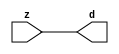

//------> ./rtl_mgc_ioport.v 
//------------------------------------------------------------------
//                M G C _ I O P O R T _ C O M P S
//------------------------------------------------------------------

//------------------------------------------------------------------
//                       M O D U L E S
//------------------------------------------------------------------

//------------------------------------------------------------------
//-- INPUT ENTITIES
//------------------------------------------------------------------

module mgc_in_wire (d, z);

  parameter integer rscid = 1;
  parameter integer width = 8;

  output [width-1:0] d;
  input  [width-1:0] z;

  wire   [width-1:0] d;

  assign d = z;

endmodule

//------------------------------------------------------------------

module mgc_in_wire_en (ld, d, lz, z);

  parameter integer rscid = 1;
  parameter integer width = 8;

  input              ld;
  output [width-1:0] d;
  output             lz;
  input  [width-1:0] z;

  wire   [width-1:0] d;
  wire               lz;

  assign d = z;
  assign lz = ld;

endmodule

//------------------------------------------------------------------

module mgc_in_wire_wait (ld, vd, d, lz, vz, z);

  parameter integer rscid = 1;
  parameter integer width = 8;

  input              ld;
  output             vd;
  output [width-1:0] d;
  output             lz;
  input              vz;
  input  [width-1:0] z;

  wire               vd;
  wire   [width-1:0] d;
  wire               lz;

  assign d = z;
  assign lz = ld;
  assign vd = vz;

endmodule
//------------------------------------------------------------------

module mgc_chan_in (ld, vd, d, lz, vz, z, size, req_size, sizez, sizelz);

  parameter integer rscid = 1;
  parameter integer width = 8;
  parameter integer sz_width = 8;

  input              ld;
  output             vd;
  output [width-1:0] d;
  output             lz;
  input              vz;
  input  [width-1:0] z;
  output [sz_width-1:0] size;
  input              req_size;
  input  [sz_width-1:0] sizez;
  output             sizelz;


  wire               vd;
  wire   [width-1:0] d;
  wire               lz;
  wire   [sz_width-1:0] size;
  wire               sizelz;

  assign d = z;
  assign lz = ld;
  assign vd = vz;
  assign size = sizez;
  assign sizelz = req_size;

endmodule


//------------------------------------------------------------------
//-- OUTPUT ENTITIES
//------------------------------------------------------------------

module mgc_out_stdreg (d, z);

  parameter integer rscid = 1;
  parameter integer width = 8;

  input    [width-1:0] d;
  output   [width-1:0] z;

  wire     [width-1:0] z;

  assign z = d;

endmodule

//------------------------------------------------------------------

module mgc_out_stdreg_en (ld, d, lz, z);

  parameter integer rscid = 1;
  parameter integer width = 8;

  input              ld;
  input  [width-1:0] d;
  output             lz;
  output [width-1:0] z;

  wire               lz;
  wire   [width-1:0] z;

  assign z = d;
  assign lz = ld;

endmodule

//------------------------------------------------------------------

module mgc_out_stdreg_wait (ld, vd, d, lz, vz, z);

  parameter integer rscid = 1;
  parameter integer width = 8;

  input              ld;
  output             vd;
  input  [width-1:0] d;
  output             lz;
  input              vz;
  output [width-1:0] z;

  wire               vd;
  wire               lz;
  wire   [width-1:0] z;

  assign z = d;
  assign lz = ld;
  assign vd = vz;

endmodule

//------------------------------------------------------------------

module mgc_out_prereg_en (ld, d, lz, z);

    parameter integer rscid = 1;
    parameter integer width = 8;

    input              ld;
    input  [width-1:0] d;
    output             lz;
    output [width-1:0] z;

    wire               lz;
    wire   [width-1:0] z;

    assign z = d;
    assign lz = ld;

endmodule

//------------------------------------------------------------------
//-- INOUT ENTITIES
//------------------------------------------------------------------

module mgc_inout_stdreg_en (ldin, din, ldout, dout, lzin, lzout, z);

    parameter integer rscid = 1;
    parameter integer width = 8;

    input              ldin;
    output [width-1:0] din;
    input              ldout;
    input  [width-1:0] dout;
    output             lzin;
    output             lzout;
    inout  [width-1:0] z;

    wire   [width-1:0] din;
    wire               lzin;
    wire               lzout;
    wire   [width-1:0] z;

    assign lzin = ldin;
    assign din = ldin ? z : {width{1'bz}};
    assign lzout = ldout;
    assign z = ldout ? dout : {width{1'bz}};

endmodule

//------------------------------------------------------------------
module hid_tribuf( I_SIG, ENABLE, O_SIG);
  parameter integer width = 8;

  input [width-1:0] I_SIG;
  input ENABLE;
  inout [width-1:0] O_SIG;

  assign O_SIG = (ENABLE) ? I_SIG : { width{1'bz}};

endmodule
//------------------------------------------------------------------

module mgc_inout_stdreg_wait (ldin, vdin, din, ldout, vdout, dout, lzin, vzin, lzout, vzout, z);

    parameter integer rscid = 1;
    parameter integer width = 8;

    input              ldin;
    output             vdin;
    output [width-1:0] din;
    input              ldout;
    output             vdout;
    input  [width-1:0] dout;
    output             lzin;
    input              vzin;
    output             lzout;
    input              vzout;
    inout  [width-1:0] z;

    wire               vdin;
    wire   [width-1:0] din;
    wire               vdout;
    wire               lzin;
    wire               lzout;
    wire   [width-1:0] z;
    wire   ldout_and_vzout;

    assign lzin = ldin;
    assign vdin = vzin;
    assign din = ldin ? z : {width{1'bz}};
    assign lzout = ldout;
    assign vdout = vzout ;
    assign ldout_and_vzout = ldout && vzout ;

    hid_tribuf #(width) tb( .I_SIG(dout),
                            .ENABLE(ldout_and_vzout),
                            .O_SIG(z) );

endmodule

//------------------------------------------------------------------

module mgc_inout_buf_wait (clk, en, arst, srst, ldin, vdin, din, ldout, vdout, dout, lzin, vzin, lzout, vzout, z);

    parameter integer rscid   = 0; // resource ID
    parameter integer width   = 8; // fifo width
    parameter         ph_clk  =  1'b1; // clock polarity 1=rising edge, 0=falling edge
    parameter         ph_en   =  1'b1; // clock enable polarity
    parameter         ph_arst =  1'b1; // async reset polarity
    parameter         ph_srst =  1'b1; // sync reset polarity

    input              clk;
    input              en;
    input              arst;
    input              srst;
    input              ldin;
    output             vdin;
    output [width-1:0] din;
    input              ldout;
    output             vdout;
    input  [width-1:0] dout;
    output             lzin;
    input              vzin;
    output             lzout;
    input              vzout;
    inout  [width-1:0] z;

    wire               lzout_buf;
    wire               vzout_buf;
    wire   [width-1:0] z_buf;
    wire               vdin;
    wire   [width-1:0] din;
    wire               vdout;
    wire               lzin;
    wire               lzout;
    wire   [width-1:0] z;

    assign lzin = ldin;
    assign vdin = vzin;
    assign din = ldin ? z : {width{1'bz}};
    assign lzout = lzout_buf & ~ldin;
    assign vzout_buf = vzout & ~ldin;
    hid_tribuf #(width) tb( .I_SIG(z_buf),
                            .ENABLE((lzout_buf && (!ldin) && vzout) ),
                            .O_SIG(z)  );

    mgc_out_buf_wait
    #(
        .rscid   (rscid),
        .width   (width),
        .ph_clk  (ph_clk),
        .ph_en   (ph_en),
        .ph_arst (ph_arst),
        .ph_srst (ph_srst)
    )
    BUFF
    (
        .clk     (clk),
        .en      (en),
        .arst    (arst),
        .srst    (srst),
        .ld      (ldout),
        .vd      (vdout),
        .d       (dout),
        .lz      (lzout_buf),
        .vz      (vzout_buf),
        .z       (z_buf)
    );


endmodule

module mgc_inout_fifo_wait (clk, en, arst, srst, ldin, vdin, din, ldout, vdout, dout, lzin, vzin, lzout, vzout, z);

    parameter integer rscid   = 0; // resource ID
    parameter integer width   = 8; // fifo width
    parameter integer fifo_sz = 8; // fifo depth
    parameter         ph_clk  = 1'b1;  // clock polarity 1=rising edge, 0=falling edge
    parameter         ph_en   = 1'b1;  // clock enable polarity
    parameter         ph_arst = 1'b1;  // async reset polarity
    parameter         ph_srst = 1'b1;  // sync reset polarity
    parameter integer ph_log2 = 3;     // log2(fifo_sz)
    parameter integer pwropt  = 0;     // pwropt

    input              clk;
    input              en;
    input              arst;
    input              srst;
    input              ldin;
    output             vdin;
    output [width-1:0] din;
    input              ldout;
    output             vdout;
    input  [width-1:0] dout;
    output             lzin;
    input              vzin;
    output             lzout;
    input              vzout;
    inout  [width-1:0] z;

    wire               lzout_buf;
    wire               vzout_buf;
    wire   [width-1:0] z_buf;
    wire               comb;
    wire               vdin;
    wire   [width-1:0] din;
    wire               vdout;
    wire               lzin;
    wire               lzout;
    wire   [width-1:0] z;

    assign lzin = ldin;
    assign vdin = vzin;
    assign din = ldin ? z : {width{1'bz}};
    assign lzout = lzout_buf & ~ldin;
    assign vzout_buf = vzout & ~ldin;
    assign comb = (lzout_buf && (!ldin) && vzout);

    hid_tribuf #(width) tb2( .I_SIG(z_buf), .ENABLE(comb), .O_SIG(z)  );

    mgc_out_fifo_wait
    #(
        .rscid   (rscid),
        .width   (width),
        .fifo_sz (fifo_sz),
        .ph_clk  (ph_clk),
        .ph_en   (ph_en),
        .ph_arst (ph_arst),
        .ph_srst (ph_srst),
        .ph_log2 (ph_log2),
        .pwropt  (pwropt)
    )
    FIFO
    (
        .clk   (clk),
        .en      (en),
        .arst    (arst),
        .srst    (srst),
        .ld      (ldout),
        .vd      (vdout),
        .d       (dout),
        .lz      (lzout_buf),
        .vz      (vzout_buf),
        .z       (z_buf)
    );

endmodule

//------------------------------------------------------------------
//-- I/O SYNCHRONIZATION ENTITIES
//------------------------------------------------------------------

module mgc_io_sync (ld, lz);

    input  ld;
    output lz;

    assign lz = ld;

endmodule

module mgc_bsync_rdy (rd, rz);

    parameter integer rscid   = 0; // resource ID
    parameter ready = 1;
    parameter valid = 0;

    input  rd;
    output rz;

    wire   rz;

    assign rz = rd;

endmodule

module mgc_bsync_vld (vd, vz);

    parameter integer rscid   = 0; // resource ID
    parameter ready = 0;
    parameter valid = 1;

    output vd;
    input  vz;

    wire   vd;

    assign vd = vz;

endmodule

module mgc_bsync_rv (rd, vd, rz, vz);

    parameter integer rscid   = 0; // resource ID
    parameter ready = 1;
    parameter valid = 1;

    input  rd;
    output vd;
    output rz;
    input  vz;

    wire   vd;
    wire   rz;

    assign rz = rd;
    assign vd = vz;

endmodule

//------------------------------------------------------------------

module mgc_sync (ldin, vdin, ldout, vdout);

  input  ldin;
  output vdin;
  input  ldout;
  output vdout;

  wire   vdin;
  wire   vdout;

  assign vdin = ldout;
  assign vdout = ldin;

endmodule

///////////////////////////////////////////////////////////////////////////////
// dummy function used to preserve funccalls for modulario
// it looks like a memory read to the caller
///////////////////////////////////////////////////////////////////////////////
module funccall_inout (d, ad, bd, z, az, bz);

  parameter integer ram_id = 1;
  parameter integer width = 8;
  parameter integer addr_width = 8;

  output [width-1:0]       d;
  input  [addr_width-1:0]  ad;
  input                    bd;
  input  [width-1:0]       z;
  output [addr_width-1:0]  az;
  output                   bz;

  wire   [width-1:0]       d;
  wire   [addr_width-1:0]  az;
  wire                     bz;

  assign d  = z;
  assign az = ad;
  assign bz = bd;

endmodule


///////////////////////////////////////////////////////////////////////////////
// inlinable modular io not otherwise found in mgc_ioport
///////////////////////////////////////////////////////////////////////////////

module modulario_en_in (vd, d, vz, z);

  parameter integer rscid = 1;
  parameter integer width = 8;

  output             vd;
  output [width-1:0] d;
  input              vz;
  input  [width-1:0] z;

  wire   [width-1:0] d;
  wire               vd;

  assign d = z;
  assign vd = vz;

endmodule

//------> ./rtl_mgc_ioport_v2001.v 
//------------------------------------------------------------------

module mgc_out_reg_pos (clk, en, arst, srst, ld, d, lz, z);

    parameter integer rscid   = 1;
    parameter integer width   = 8;
    parameter         ph_en   =  1'b1;
    parameter         ph_arst =  1'b1;
    parameter         ph_srst =  1'b1;

    input              clk;
    input              en;
    input              arst;
    input              srst;
    input              ld;
    input  [width-1:0] d;
    output             lz;
    output [width-1:0] z;

    reg                lz;
    reg    [width-1:0] z;

    generate
    if (ph_arst == 1'b0)
    begin: NEG_ARST
        always @(posedge clk or negedge arst)
        if (arst == 1'b0)
        begin: B1
            lz <= 1'b0;
            z  <= {width{1'b0}};
        end
        else if (srst == ph_srst)
        begin: B2
            lz <= 1'b0;
            z  <= {width{1'b0}};
        end
        else if (en == ph_en)
        begin: B3
            lz <= ld;
            z  <= (ld) ? d : z;
        end
    end
    else
    begin: POS_ARST
        always @(posedge clk or posedge arst)
        if (arst == 1'b1)
        begin: B1
            lz <= 1'b0;
            z  <= {width{1'b0}};
        end
        else if (srst == ph_srst)
        begin: B2
            lz <= 1'b0;
            z  <= {width{1'b0}};
        end
        else if (en == ph_en)
        begin: B3
            lz <= ld;
            z  <= (ld) ? d : z;
        end
    end
    endgenerate

endmodule

//------------------------------------------------------------------

module mgc_out_reg_neg (clk, en, arst, srst, ld, d, lz, z);

    parameter integer rscid   = 1;
    parameter integer width   = 8;
    parameter         ph_en   =  1'b1;
    parameter         ph_arst =  1'b1;
    parameter         ph_srst =  1'b1;

    input              clk;
    input              en;
    input              arst;
    input              srst;
    input              ld;
    input  [width-1:0] d;
    output             lz;
    output [width-1:0] z;

    reg                lz;
    reg    [width-1:0] z;

    generate
    if (ph_arst == 1'b0)
    begin: NEG_ARST
        always @(negedge clk or negedge arst)
        if (arst == 1'b0)
        begin: B1
            lz <= 1'b0;
            z  <= {width{1'b0}};
        end
        else if (srst == ph_srst)
        begin: B2
            lz <= 1'b0;
            z  <= {width{1'b0}};
        end
        else if (en == ph_en)
        begin: B3
            lz <= ld;
            z  <= (ld) ? d : z;
        end
    end
    else
    begin: POS_ARST
        always @(negedge clk or posedge arst)
        if (arst == 1'b1)
        begin: B1
            lz <= 1'b0;
            z  <= {width{1'b0}};
        end
        else if (srst == ph_srst)
        begin: B2
            lz <= 1'b0;
            z  <= {width{1'b0}};
        end
        else if (en == ph_en)
        begin: B3
            lz <= ld;
            z  <= (ld) ? d : z;
        end
    end
    endgenerate

endmodule

//------------------------------------------------------------------

module mgc_out_reg (clk, en, arst, srst, ld, d, lz, z); // Not Supported

    parameter integer rscid   = 1;
    parameter integer width   = 8;
    parameter         ph_clk  =  1'b1;
    parameter         ph_en   =  1'b1;
    parameter         ph_arst =  1'b1;
    parameter         ph_srst =  1'b1;

    input              clk;
    input              en;
    input              arst;
    input              srst;
    input              ld;
    input  [width-1:0] d;
    output             lz;
    output [width-1:0] z;


    generate
    if (ph_clk == 1'b0)
    begin: NEG_EDGE

        mgc_out_reg_neg
        #(
            .rscid   (rscid),
            .width   (width),
            .ph_en   (ph_en),
            .ph_arst (ph_arst),
            .ph_srst (ph_srst)
        )
        mgc_out_reg_neg_inst
        (
            .clk     (clk),
            .en      (en),
            .arst    (arst),
            .srst    (srst),
            .ld      (ld),
            .d       (d),
            .lz      (lz),
            .z       (z)
        );

    end
    else
    begin: POS_EDGE

        mgc_out_reg_pos
        #(
            .rscid   (rscid),
            .width   (width),
            .ph_en   (ph_en),
            .ph_arst (ph_arst),
            .ph_srst (ph_srst)
        )
        mgc_out_reg_pos_inst
        (
            .clk     (clk),
            .en      (en),
            .arst    (arst),
            .srst    (srst),
            .ld      (ld),
            .d       (d),
            .lz      (lz),
            .z       (z)
        );

    end
    endgenerate

endmodule




//------------------------------------------------------------------

module mgc_out_buf_wait (clk, en, arst, srst, ld, vd, d, vz, lz, z); // Not supported

    parameter integer rscid   = 1;
    parameter integer width   = 8;
    parameter         ph_clk  =  1'b1;
    parameter         ph_en   =  1'b1;
    parameter         ph_arst =  1'b1;
    parameter         ph_srst =  1'b1;

    input              clk;
    input              en;
    input              arst;
    input              srst;
    input              ld;
    output             vd;
    input  [width-1:0] d;
    output             lz;
    input              vz;
    output [width-1:0] z;

    wire               filled;
    wire               filled_next;
    wire   [width-1:0] abuf;
    wire               lbuf;


    assign filled_next = (filled & (~vz)) | (filled & ld) | (ld & (~vz));

    assign lbuf = ld & ~(filled ^ vz);

    assign vd = vz | ~filled;

    assign lz = ld | filled;

    assign z = (filled) ? abuf : d;

    wire dummy;
    wire dummy_bufreg_lz;

    // Output registers:
    mgc_out_reg
    #(
        .rscid   (rscid),
        .width   (1'b1),
        .ph_clk  (ph_clk),
        .ph_en   (ph_en),
        .ph_arst (ph_arst),
        .ph_srst (ph_srst)
    )
    STATREG
    (
        .clk     (clk),
        .en      (en),
        .arst    (arst),
        .srst    (srst),
        .ld      (filled_next),
        .d       (1'b0),       // input d is unused
        .lz      (filled),
        .z       (dummy)            // output z is unused
    );

    mgc_out_reg
    #(
        .rscid   (rscid),
        .width   (width),
        .ph_clk  (ph_clk),
        .ph_en   (ph_en),
        .ph_arst (ph_arst),
        .ph_srst (ph_srst)
    )
    BUFREG
    (
        .clk     (clk),
        .en      (en),
        .arst    (arst),
        .srst    (srst),
        .ld      (lbuf),
        .d       (d),
        .lz      (dummy_bufreg_lz),
        .z       (abuf)
    );

endmodule

//------------------------------------------------------------------

module mgc_out_fifo_wait (clk, en, arst, srst, ld, vd, d, lz, vz,  z);

    parameter integer rscid   = 0; // resource ID
    parameter integer width   = 8; // fifo width
    parameter integer fifo_sz = 8; // fifo depth
    parameter         ph_clk  = 1'b1; // clock polarity 1=rising edge, 0=falling edge
    parameter         ph_en   = 1'b1; // clock enable polarity
    parameter         ph_arst = 1'b1; // async reset polarity
    parameter         ph_srst = 1'b1; // sync reset polarity
    parameter integer ph_log2 = 3; // log2(fifo_sz)
    parameter integer pwropt  = 0; // pwropt


    input                 clk;
    input                 en;
    input                 arst;
    input                 srst;
    input                 ld;    // load data
    output                vd;    // fifo full active low
    input     [width-1:0] d;
    output                lz;    // fifo ready to send
    input                 vz;    // dest ready for data
    output    [width-1:0] z;

    wire    [31:0]      size;


      // Output registers:
 mgc_out_fifo_wait_core#(
        .rscid   (rscid),
        .width   (width),
        .sz_width (32),
        .fifo_sz (fifo_sz),
        .ph_clk  (ph_clk),
        .ph_en   (ph_en),
        .ph_arst (ph_arst),
        .ph_srst (ph_srst),
        .ph_log2 (ph_log2),
        .pwropt  (pwropt)
        ) CORE (
        .clk (clk),
        .en (en),
        .arst (arst),
        .srst (srst),
        .ld (ld),
        .vd (vd),
        .d (d),
        .lz (lz),
        .vz (vz),
        .z (z),
        .size (size)
        );

endmodule



module mgc_out_fifo_wait_core (clk, en, arst, srst, ld, vd, d, lz, vz,  z, size);

    parameter integer rscid   = 0; // resource ID
    parameter integer width   = 8; // fifo width
    parameter integer sz_width = 8; // size of port for elements in fifo
    parameter integer fifo_sz = 8; // fifo depth
    parameter         ph_clk  =  1'b1; // clock polarity 1=rising edge, 0=falling edge
    parameter         ph_en   =  1'b1; // clock enable polarity
    parameter         ph_arst =  1'b1; // async reset polarity
    parameter         ph_srst =  1'b1; // sync reset polarity
    parameter integer ph_log2 = 3; // log2(fifo_sz)
    parameter integer pwropt  = 0; // pwropt

   localparam integer  fifo_b = width * fifo_sz;

    input                 clk;
    input                 en;
    input                 arst;
    input                 srst;
    input                 ld;    // load data
    output                vd;    // fifo full active low
    input     [width-1:0] d;
    output                lz;    // fifo ready to send
    input                 vz;    // dest ready for data
    output    [width-1:0] z;
    output    [sz_width-1:0]      size;

    reg      [( (fifo_sz > 0) ? fifo_sz : 1)-1:0] stat_pre;
    wire     [( (fifo_sz > 0) ? fifo_sz : 1)-1:0] stat;
    reg      [( (fifo_b > 0) ? fifo_b : 1)-1:0] buff_pre;
    wire     [( (fifo_b > 0) ? fifo_b : 1)-1:0] buff;
    reg      [( (fifo_sz > 0) ? fifo_sz : 1)-1:0] en_l;
    reg      [(((fifo_sz > 0) ? fifo_sz : 1)-1)/8:0] en_l_s;

    reg       [width-1:0] buff_nxt;

    reg                   stat_nxt;
    reg                   stat_before;
    reg                   stat_after;
    reg                   en_l_var;

    integer               i;
    genvar                eni;

    wire [32:0]           size_t;
    reg [31:0]            count;
    reg [31:0]            count_t;
    reg [32:0]            n_elem;
// pragma translate_off
    reg [31:0]            peak;
// pragma translate_on

    wire [( (fifo_sz > 0) ? fifo_sz : 1)-1:0] dummy_statreg_lz;
    wire [( (fifo_b > 0) ? fifo_b : 1)-1:0] dummy_bufreg_lz;

    generate
    if ( fifo_sz > 0 )
    begin: FIFO_REG
      assign vd = vz | ~stat[0];
      assign lz = ld | stat[fifo_sz-1];
      assign size_t = (count - (vz && stat[fifo_sz-1])) + ld;
      assign size = size_t[sz_width-1:0];
      assign z = (stat[fifo_sz-1]) ? buff[fifo_b-1:width*(fifo_sz-1)] : d;

      always @(*)
      begin: FIFOPROC
        n_elem = 33'b0;
        for (i = fifo_sz-1; i >= 0; i = i - 1)
        begin
          if (i != 0)
            stat_before = stat[i-1];
          else
            stat_before = 1'b0;

          if (i != (fifo_sz-1))
            stat_after = stat[i+1];
          else
            stat_after = 1'b1;

          stat_nxt = stat_after &
                    (stat_before | (stat[i] & (~vz)) | (stat[i] & ld) | (ld & (~vz)));

          stat_pre[i] = stat_nxt;
          en_l_var = 1'b1;
          if (!stat_nxt)
            begin
              buff_nxt = {width{1'b0}};
              en_l_var = 1'b0;
            end
          else if (vz && stat_before)
            buff_nxt[0+:width] = buff[width*(i-1)+:width];
          else if (ld && !((vz && stat_before) || ((!vz) && stat[i])))
            buff_nxt = d;
          else
            begin
              if (pwropt == 0)
                buff_nxt[0+:width] = buff[width*i+:width];
              else
                buff_nxt = {width{1'b0}};
              en_l_var = 1'b0;
            end

          if (ph_en != 0)
            en_l[i] = en & en_l_var;
          else
            en_l[i] = en | ~en_l_var;

          buff_pre[width*i+:width] = buff_nxt[0+:width];

          if ((stat_after == 1'b1) && (stat[i] == 1'b0))
            n_elem = ($unsigned(fifo_sz) - 1) - i;
        end

        if (ph_en != 0)
          en_l_s[(((fifo_sz > 0) ? fifo_sz : 1)-1)/8] = 1'b1;
        else
          en_l_s[(((fifo_sz > 0) ? fifo_sz : 1)-1)/8] = 1'b0;

        for (i = fifo_sz-1; i >= 7; i = i - 1)
        begin
          if ((i%'d2) == 0)
          begin
            if (ph_en != 0)
              en_l_s[(i/8)-1] = en & (stat[i]|stat_pre[i-1]);
            else
              en_l_s[(i/8)-1] = en | ~(stat[i]|stat_pre[i-1]);
          end
        end

        if ( stat[fifo_sz-1] == 1'b0 )
          count_t = 32'b0;
        else if ( stat[0] == 1'b1 )
          count_t = { {(32-ph_log2){1'b0}}, fifo_sz};
        else
          count_t = n_elem[31:0];
        count = count_t;
// pragma translate_off
        if ( peak < count )
          peak = count;
// pragma translate_on
      end

      if (pwropt == 0)
      begin: NOCGFIFO
        // Output registers:
        mgc_out_reg
        #(
            .rscid   (rscid),
            .width   (fifo_sz),
            .ph_clk  (ph_clk),
            .ph_en   (ph_en),
            .ph_arst (ph_arst),
            .ph_srst (ph_srst)
        )
        STATREG
        (
            .clk     (clk),
            .en      (en),
            .arst    (arst),
            .srst    (srst),
            .ld      (1'b1),
            .d       (stat_pre),
            .lz      (dummy_statreg_lz[0]),
            .z       (stat)
        );
        mgc_out_reg
        #(
            .rscid   (rscid),
            .width   (fifo_b),
            .ph_clk  (ph_clk),
            .ph_en   (ph_en),
            .ph_arst (ph_arst),
            .ph_srst (ph_srst)
        )
        BUFREG
        (
            .clk     (clk),
            .en      (en),
            .arst    (arst),
            .srst    (srst),
            .ld      (1'b1),
            .d       (buff_pre),
            .lz      (dummy_bufreg_lz[0]),
            .z       (buff)
        );
      end
      else
      begin: CGFIFO
        // Output registers:
        if ( pwropt > 1)
        begin: CGSTATFIFO2
          for (eni = fifo_sz-1; eni >= 0; eni = eni - 1)
          begin: pwroptGEN1
            mgc_out_reg
            #(
              .rscid   (rscid),
              .width   (1),
              .ph_clk  (ph_clk),
              .ph_en   (ph_en),
              .ph_arst (ph_arst),
              .ph_srst (ph_srst)
            )
            STATREG
            (
              .clk     (clk),
              .en      (en_l_s[eni/8]),
              .arst    (arst),
              .srst    (srst),
              .ld      (1'b1),
              .d       (stat_pre[eni]),
              .lz      (dummy_statreg_lz[eni]),
              .z       (stat[eni])
            );
          end
        end
        else
        begin: CGSTATFIFO
          mgc_out_reg
          #(
            .rscid   (rscid),
            .width   (fifo_sz),
            .ph_clk  (ph_clk),
            .ph_en   (ph_en),
            .ph_arst (ph_arst),
            .ph_srst (ph_srst)
          )
          STATREG
          (
            .clk     (clk),
            .en      (en),
            .arst    (arst),
            .srst    (srst),
            .ld      (1'b1),
            .d       (stat_pre),
            .lz      (dummy_statreg_lz[0]),
            .z       (stat)
          );
        end
        for (eni = fifo_sz-1; eni >= 0; eni = eni - 1)
        begin: pwroptGEN2
          mgc_out_reg
          #(
            .rscid   (rscid),
            .width   (width),
            .ph_clk  (ph_clk),
            .ph_en   (ph_en),
            .ph_arst (ph_arst),
            .ph_srst (ph_srst)
          )
          BUFREG
          (
            .clk     (clk),
            .en      (en_l[eni]),
            .arst    (arst),
            .srst    (srst),
            .ld      (1'b1),
            .d       (buff_pre[width*eni+:width]),
            .lz      (dummy_bufreg_lz[eni]),
            .z       (buff[width*eni+:width])
          );
        end
      end
    end
    else
    begin: FEED_THRU
      assign vd = vz;
      assign lz = ld;
      assign z = d;
      assign size = ld && !vz;
    end
    endgenerate

endmodule

//------------------------------------------------------------------
//-- PIPE ENTITIES
//------------------------------------------------------------------
/*
 *
 *             _______________________________________________
 * WRITER    |                                               |          READER
 *           |           MGC_PIPE                            |
 *           |           __________________________          |
 *        --<| vdout  --<| vd ---------------  vz<|-----ldin<|---
 *           |           |      FIFO              |          |
 *        ---|>ldout  ---|>ld ---------------- lz |> ---vdin |>--
 *        ---|>dout -----|>d  ---------------- dz |> ----din |>--
 *           |           |________________________|          |
 *           |_______________________________________________|
 */
// two clock pipe
module mgc_pipe (clk, en, arst, srst, ldin, vdin, din, ldout, vdout, dout, size, req_size);

    parameter integer rscid   = 0; // resource ID
    parameter integer width   = 8; // fifo width
    parameter integer sz_width = 8; // width of size of elements in fifo
    parameter integer fifo_sz = 8; // fifo depth
    parameter integer log2_sz = 3; // log2(fifo_sz)
    parameter         ph_clk  = 1'b1;  // clock polarity 1=rising edge, 0=falling edge
    parameter         ph_en   = 1'b1;  // clock enable polarity
    parameter         ph_arst = 1'b1;  // async reset polarity
    parameter         ph_srst = 1'b1;  // sync reset polarity
    parameter integer pwropt  = 0; // pwropt

    input              clk;
    input              en;
    input              arst;
    input              srst;
    input              ldin;
    output             vdin;
    output [width-1:0] din;
    input              ldout;
    output             vdout;
    input  [width-1:0] dout;
    output [sz_width-1:0]      size;
    input              req_size;


    mgc_out_fifo_wait_core
    #(
        .rscid    (rscid),
        .width    (width),
        .sz_width (sz_width),
        .fifo_sz  (fifo_sz),
        .ph_clk   (ph_clk),
        .ph_en    (ph_en),
        .ph_arst  (ph_arst),
        .ph_srst  (ph_srst),
        .ph_log2  (log2_sz),
        .pwropt   (pwropt)
    )
    FIFO
    (
        .clk     (clk),
        .en      (en),
        .arst    (arst),
        .srst    (srst),
        .ld      (ldout),
        .vd      (vdout),
        .d       (dout),
        .lz      (vdin),
        .vz      (ldin),
        .z       (din),
        .size    (size)
    );

endmodule


//------> ./rtl.v 
// ----------------------------------------------------------------------
//  HLS HDL:        Verilog Netlister
//  HLS Version:    2011a.126 Production Release
//  HLS Date:       Wed Aug  8 00:52:07 PDT 2012
// 
//  Generated by:   mg3115@EEWS104A-013
//  Generated date: Tue Mar 08 14:36:28 2016
// ----------------------------------------------------------------------

// 
// ------------------------------------------------------------------
//  Design Unit:    sobel_core
// ------------------------------------------------------------------


module sobel_core (
  clk, en, arst_n, vin_rsc_mgc_in_wire_d, vout_rsc_mgc_out_stdreg_d
);
  input clk;
  input en;
  input arst_n;
  input [89:0] vin_rsc_mgc_in_wire_d;
  output [29:0] vout_rsc_mgc_out_stdreg_d;


  // Interconnect Declarations
  reg [29:0] regs_regs_1_1_sva;
  reg [29:0] regs_regs_1_sg2_sva;
  reg [9:0] ACC1_slc_regs_regs_2_sg2_itm;
  reg [9:0] ACC1_slc_regs_regs_2_sg2_1_itm;
  reg [9:0] ACC1_slc_regs_regs_2_sg2_2_itm;
  reg [9:0] ACC1_slc_regs_regs_2_1_itm;
  reg [9:0] ACC1_slc_regs_regs_2_1_1_itm;
  reg [9:0] ACC1_slc_regs_regs_2_1_2_itm;
  reg [9:0] reg_vout_rsc_mgc_out_stdreg_d_tmp;
  wire [10:0] nl_reg_vout_rsc_mgc_out_stdreg_d_tmp;
  reg [5:0] reg_vout_rsc_mgc_out_stdreg_d_tmp_2;
  reg [9:0] reg_vout_rsc_mgc_out_stdreg_d_tmp_3;
  wire [9:0] FRAME_acc_22_cse;
  wire [10:0] nl_FRAME_acc_22_cse;
  wire [10:0] FRAME_acc_5_psp_sva;
  wire [11:0] nl_FRAME_acc_5_psp_sva;
  wire [6:0] acc_imod_sva;
  wire [8:0] nl_acc_imod_sva;
  wire [13:0] ACC1_acc_itm;
  wire [14:0] nl_ACC1_acc_itm;
  wire [7:0] FRAME_acc_33_itm;
  wire [8:0] nl_FRAME_acc_33_itm;


  // Interconnect Declarations for Component Instantiations 
  assign vout_rsc_mgc_out_stdreg_d = {reg_vout_rsc_mgc_out_stdreg_d_tmp , (reg_vout_rsc_mgc_out_stdreg_d_tmp_3[9:6])
      , reg_vout_rsc_mgc_out_stdreg_d_tmp_2 , reg_vout_rsc_mgc_out_stdreg_d_tmp_3};
  assign nl_ACC1_acc_itm = conv_s2s_13_14(conv_s2s_12_13(conv_s2s_11_12(conv_s2s_10_11(vin_rsc_mgc_in_wire_d[79:70])
      + conv_s2s_10_11(vin_rsc_mgc_in_wire_d[89:80])) + conv_s2s_11_12(readslicef_12_11_1((conv_s2s_11_12({ACC1_slc_regs_regs_2_sg2_itm
      , 1'b1}) + conv_s2s_11_12({ACC1_slc_regs_regs_2_sg2_1_itm , 1'b1}))))) + conv_s2s_12_13(conv_s2s_11_12(readslicef_12_11_1((conv_s2s_11_12({ACC1_slc_regs_regs_2_sg2_2_itm
      , 1'b1}) + conv_s2s_11_12({(~ ACC1_slc_regs_regs_2_1_itm) , 1'b1})))) + conv_s2s_11_12(readslicef_12_11_1((conv_s2s_11_12({(~
      ACC1_slc_regs_regs_2_1_1_itm) , 1'b1}) + conv_s2s_11_12({(~ ACC1_slc_regs_regs_2_1_2_itm)
      , 1'b1})))))) + conv_s2s_12_14(conv_s2s_11_12(conv_s2s_10_11(vin_rsc_mgc_in_wire_d[9:0])
      + conv_s2s_10_11(vin_rsc_mgc_in_wire_d[19:10])) + conv_s2s_11_12(conv_s2s_10_11(vin_rsc_mgc_in_wire_d[29:20])
      + conv_s2s_10_11(vin_rsc_mgc_in_wire_d[69:60])));
  assign ACC1_acc_itm = nl_ACC1_acc_itm[13:0];
  assign nl_FRAME_acc_22_cse = conv_u2s_9_11(conv_u2s_18_10(conv_u2u_4_9(ACC1_acc_itm[13:10])
      * 9'b10011)) + conv_s2s_6_10(conv_s2s_4_6(conv_u2s_3_4(conv_u2u_2_3(conv_u2u_1_2(ACC1_acc_itm[5])
      + conv_u2u_1_2(acc_imod_sva[4])) + conv_u2u_2_3(ACC1_acc_itm[9:8])) + conv_s2s_3_4(conv_s2s_2_3(acc_imod_sva[6:5])
      + conv_s2s_1_3(readslicef_5_1_4(((({(acc_imod_sva[4]) , 1'b0 , (acc_imod_sva[4])
      , 1'b0 , (acc_imod_sva[4])}) + conv_u2s_4_5(acc_imod_sva[3:0])) + ({(conv_s2u_2_3(acc_imod_sva[6:5])
      + conv_s2u_1_3(acc_imod_sva[6])) , (acc_imod_sva[6:5])})))))) + conv_u2s_4_6(ACC1_acc_itm[9:6]));
  assign FRAME_acc_22_cse = nl_FRAME_acc_22_cse[9:0];
  assign nl_FRAME_acc_5_psp_sva = conv_u2u_10_11({(ACC1_acc_itm[13]) , (ACC1_acc_itm[13])
      , FRAME_acc_33_itm}) + conv_s2u_10_11(FRAME_acc_22_cse);
  assign FRAME_acc_5_psp_sva = nl_FRAME_acc_5_psp_sva[10:0];
  assign nl_acc_imod_sva = (conv_s2s_6_7(conv_u2s_5_6(conv_u2u_4_5({(ACC1_acc_itm[7:6])
      , (ACC1_acc_itm[7:6])}) + conv_u2u_3_5({(conv_u2u_1_2(ACC1_acc_itm[9]) + conv_u2u_1_2(~
      (ACC1_acc_itm[13]))) , (ACC1_acc_itm[8])})) + conv_s2s_5_6({(ACC1_acc_itm[5])
      , 1'b0 , (ACC1_acc_itm[5]) , 1'b0 , (ACC1_acc_itm[5])})) + conv_u2s_6_7(conv_u2u_5_6({(~
      (ACC1_acc_itm[9:8])) , (~ (ACC1_acc_itm[12:10]))}) + conv_u2u_4_6(ACC1_acc_itm[4:1])))
      + 7'b1011111;
  assign acc_imod_sva = nl_acc_imod_sva[6:0];
  assign nl_FRAME_acc_33_itm = conv_u2u_7_8({(ACC1_acc_itm[13]) , 1'b0 , (signext_5_1(ACC1_acc_itm[13]))})
      + conv_u2u_6_8({(ACC1_acc_itm[13]) , 1'b0 , (signext_4_1(ACC1_acc_itm[13]))});
  assign FRAME_acc_33_itm = nl_FRAME_acc_33_itm[7:0];
  always @(posedge clk or negedge arst_n) begin
    if ( ~ arst_n ) begin
      ACC1_slc_regs_regs_2_sg2_itm <= 10'b0;
      ACC1_slc_regs_regs_2_sg2_1_itm <= 10'b0;
      ACC1_slc_regs_regs_2_sg2_2_itm <= 10'b0;
      ACC1_slc_regs_regs_2_1_itm <= 10'b0;
      ACC1_slc_regs_regs_2_1_1_itm <= 10'b0;
      ACC1_slc_regs_regs_2_1_2_itm <= 10'b0;
      regs_regs_1_1_sva <= 30'b0;
      regs_regs_1_sg2_sva <= 30'b0;
      reg_vout_rsc_mgc_out_stdreg_d_tmp <= 10'b0;
      reg_vout_rsc_mgc_out_stdreg_d_tmp_2 <= 6'b0;
      reg_vout_rsc_mgc_out_stdreg_d_tmp_3 <= 10'b0;
    end
    else begin
      if ( en ) begin
        ACC1_slc_regs_regs_2_sg2_itm <= regs_regs_1_sg2_sva[9:0];
        ACC1_slc_regs_regs_2_sg2_1_itm <= regs_regs_1_sg2_sva[19:10];
        ACC1_slc_regs_regs_2_sg2_2_itm <= regs_regs_1_sg2_sva[29:20];
        ACC1_slc_regs_regs_2_1_itm <= regs_regs_1_1_sva[9:0];
        ACC1_slc_regs_regs_2_1_1_itm <= regs_regs_1_1_sva[19:10];
        ACC1_slc_regs_regs_2_1_2_itm <= regs_regs_1_1_sva[29:20];
        regs_regs_1_1_sva <= vin_rsc_mgc_in_wire_d[29:0];
        regs_regs_1_sg2_sva <= vin_rsc_mgc_in_wire_d[89:60];
        reg_vout_rsc_mgc_out_stdreg_d_tmp <= (({(ACC1_acc_itm[13]) , (ACC1_acc_itm[13])
            , FRAME_acc_33_itm}) + FRAME_acc_22_cse) | ({9'b0 , (FRAME_acc_5_psp_sva[10])});
        reg_vout_rsc_mgc_out_stdreg_d_tmp_2 <= (FRAME_acc_5_psp_sva[5:0]) | ({5'b0
            , (FRAME_acc_5_psp_sva[10])});
        reg_vout_rsc_mgc_out_stdreg_d_tmp_3 <= FRAME_acc_5_psp_sva[9:0];
      end
    end
  end

  function [10:0] readslicef_12_11_1;
    input [11:0] vector;
    reg [11:0] tmp;
  begin
    tmp = vector >> 1;
    readslicef_12_11_1 = tmp[10:0];
  end
  endfunction


  function [0:0] readslicef_5_1_4;
    input [4:0] vector;
    reg [4:0] tmp;
  begin
    tmp = vector >> 4;
    readslicef_5_1_4 = tmp[0:0];
  end
  endfunction


  function [4:0] signext_5_1;
    input [0:0] vector;
  begin
    signext_5_1= {{4{vector[0]}}, vector};
  end
  endfunction


  function [3:0] signext_4_1;
    input [0:0] vector;
  begin
    signext_4_1= {{3{vector[0]}}, vector};
  end
  endfunction


  function signed [13:0] conv_s2s_13_14 ;
    input signed [12:0]  vector ;
  begin
    conv_s2s_13_14 = {vector[12], vector};
  end
  endfunction


  function signed [12:0] conv_s2s_12_13 ;
    input signed [11:0]  vector ;
  begin
    conv_s2s_12_13 = {vector[11], vector};
  end
  endfunction


  function signed [11:0] conv_s2s_11_12 ;
    input signed [10:0]  vector ;
  begin
    conv_s2s_11_12 = {vector[10], vector};
  end
  endfunction


  function signed [10:0] conv_s2s_10_11 ;
    input signed [9:0]  vector ;
  begin
    conv_s2s_10_11 = {vector[9], vector};
  end
  endfunction


  function signed [13:0] conv_s2s_12_14 ;
    input signed [11:0]  vector ;
  begin
    conv_s2s_12_14 = {{2{vector[11]}}, vector};
  end
  endfunction


  function signed [10:0] conv_u2s_9_11 ;
    input [8:0]  vector ;
  begin
    conv_u2s_9_11 = {{2{1'b0}}, vector};
  end
  endfunction


  function signed [9:0] conv_u2s_18_10 ;
    input [17:0]  vector ;
  begin
    conv_u2s_18_10 = vector[9:0];
  end
  endfunction


  function  [8:0] conv_u2u_4_9 ;
    input [3:0]  vector ;
  begin
    conv_u2u_4_9 = {{5{1'b0}}, vector};
  end
  endfunction


  function signed [9:0] conv_s2s_6_10 ;
    input signed [5:0]  vector ;
  begin
    conv_s2s_6_10 = {{4{vector[5]}}, vector};
  end
  endfunction


  function signed [5:0] conv_s2s_4_6 ;
    input signed [3:0]  vector ;
  begin
    conv_s2s_4_6 = {{2{vector[3]}}, vector};
  end
  endfunction


  function signed [3:0] conv_u2s_3_4 ;
    input [2:0]  vector ;
  begin
    conv_u2s_3_4 = {1'b0, vector};
  end
  endfunction


  function  [2:0] conv_u2u_2_3 ;
    input [1:0]  vector ;
  begin
    conv_u2u_2_3 = {1'b0, vector};
  end
  endfunction


  function  [1:0] conv_u2u_1_2 ;
    input [0:0]  vector ;
  begin
    conv_u2u_1_2 = {1'b0, vector};
  end
  endfunction


  function signed [3:0] conv_s2s_3_4 ;
    input signed [2:0]  vector ;
  begin
    conv_s2s_3_4 = {vector[2], vector};
  end
  endfunction


  function signed [2:0] conv_s2s_2_3 ;
    input signed [1:0]  vector ;
  begin
    conv_s2s_2_3 = {vector[1], vector};
  end
  endfunction


  function signed [2:0] conv_s2s_1_3 ;
    input signed [0:0]  vector ;
  begin
    conv_s2s_1_3 = {{2{vector[0]}}, vector};
  end
  endfunction


  function signed [4:0] conv_u2s_4_5 ;
    input [3:0]  vector ;
  begin
    conv_u2s_4_5 = {1'b0, vector};
  end
  endfunction


  function  [2:0] conv_s2u_2_3 ;
    input signed [1:0]  vector ;
  begin
    conv_s2u_2_3 = {vector[1], vector};
  end
  endfunction


  function  [2:0] conv_s2u_1_3 ;
    input signed [0:0]  vector ;
  begin
    conv_s2u_1_3 = {{2{vector[0]}}, vector};
  end
  endfunction


  function signed [5:0] conv_u2s_4_6 ;
    input [3:0]  vector ;
  begin
    conv_u2s_4_6 = {{2{1'b0}}, vector};
  end
  endfunction


  function  [10:0] conv_u2u_10_11 ;
    input [9:0]  vector ;
  begin
    conv_u2u_10_11 = {1'b0, vector};
  end
  endfunction


  function  [10:0] conv_s2u_10_11 ;
    input signed [9:0]  vector ;
  begin
    conv_s2u_10_11 = {vector[9], vector};
  end
  endfunction


  function signed [6:0] conv_s2s_6_7 ;
    input signed [5:0]  vector ;
  begin
    conv_s2s_6_7 = {vector[5], vector};
  end
  endfunction


  function signed [5:0] conv_u2s_5_6 ;
    input [4:0]  vector ;
  begin
    conv_u2s_5_6 = {1'b0, vector};
  end
  endfunction


  function  [4:0] conv_u2u_4_5 ;
    input [3:0]  vector ;
  begin
    conv_u2u_4_5 = {1'b0, vector};
  end
  endfunction


  function  [4:0] conv_u2u_3_5 ;
    input [2:0]  vector ;
  begin
    conv_u2u_3_5 = {{2{1'b0}}, vector};
  end
  endfunction


  function signed [5:0] conv_s2s_5_6 ;
    input signed [4:0]  vector ;
  begin
    conv_s2s_5_6 = {vector[4], vector};
  end
  endfunction


  function signed [6:0] conv_u2s_6_7 ;
    input [5:0]  vector ;
  begin
    conv_u2s_6_7 = {1'b0, vector};
  end
  endfunction


  function  [5:0] conv_u2u_5_6 ;
    input [4:0]  vector ;
  begin
    conv_u2u_5_6 = {1'b0, vector};
  end
  endfunction


  function  [5:0] conv_u2u_4_6 ;
    input [3:0]  vector ;
  begin
    conv_u2u_4_6 = {{2{1'b0}}, vector};
  end
  endfunction


  function  [7:0] conv_u2u_7_8 ;
    input [6:0]  vector ;
  begin
    conv_u2u_7_8 = {1'b0, vector};
  end
  endfunction


  function  [7:0] conv_u2u_6_8 ;
    input [5:0]  vector ;
  begin
    conv_u2u_6_8 = {{2{1'b0}}, vector};
  end
  endfunction

endmodule

// ------------------------------------------------------------------
//  Design Unit:    sobel
//  Generated from file(s):
//    7) $PROJECT_HOME/sobel.cpp
// ------------------------------------------------------------------


module sobel (
  vin_rsc_z, vout_rsc_z, clk, en, arst_n
);
  input [89:0] vin_rsc_z;
  output [29:0] vout_rsc_z;
  input clk;
  input en;
  input arst_n;


  // Interconnect Declarations
  wire [89:0] vin_rsc_mgc_in_wire_d;
  wire [29:0] vout_rsc_mgc_out_stdreg_d;


  // Interconnect Declarations for Component Instantiations 
  mgc_in_wire #(.rscid(1),
  .width(90)) vin_rsc_mgc_in_wire (
      .d(vin_rsc_mgc_in_wire_d),
      .z(vin_rsc_z)
    );
  mgc_out_stdreg #(.rscid(2),
  .width(30)) vout_rsc_mgc_out_stdreg (
      .d(vout_rsc_mgc_out_stdreg_d),
      .z(vout_rsc_z)
    );
  sobel_core sobel_core_inst (
      .clk(clk),
      .en(en),
      .arst_n(arst_n),
      .vin_rsc_mgc_in_wire_d(vin_rsc_mgc_in_wire_d),
      .vout_rsc_mgc_out_stdreg_d(vout_rsc_mgc_out_stdreg_d)
    );
endmodule